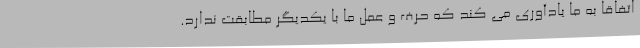
اتفاقاً به ما یادآوری می کند که حرف و عمل ما با یکدیگر مطابقت ندارد.